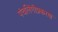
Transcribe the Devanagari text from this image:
पंचलिंगीप्रकरण